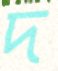
দ